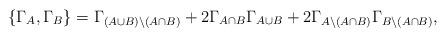
LaTeX: \begin{align*}\{\Gamma_{A}, \Gamma_{B}\} = \Gamma_{(A\cup B)\setminus (A\cap B)} + 2\Gamma_{A\cap B}\Gamma_{A\cup B} + 2 \Gamma_{A\setminus (A\cap B)} \Gamma_{B\setminus (A\cap B)},\end{align*}